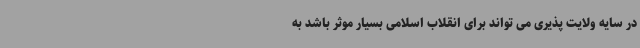
در سایه ولایت پذیری می تواند برای انقلاب اسلامی بسیار موثر باشد به